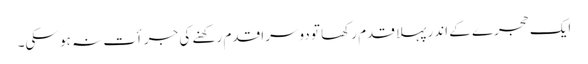
ایک حجرے کے اندر پہلا قدم رکھا تو دوسرا قدم رکھنے کی جرأت نہ ہو سکی۔